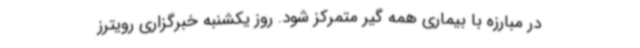
در مبارزه با بیماری همه گیر متمرکز شود. روز یکشنبه خبرگزاری رویترز